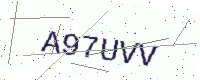
Text: A97UVV